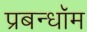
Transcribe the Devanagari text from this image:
प्रबन्धॉम